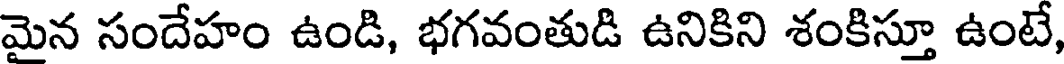
మైన సందేహం ఉండి, భగవంతుడి ఉనికిని శంకిస్తూ ఉంటే,